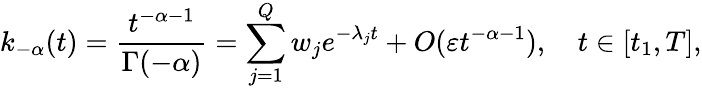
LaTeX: k_{-\alpha}(t)=\frac{t^{-\alpha-1}}{\Gamma(-\alpha)}=\sum_{j=1}^{Q}w_{j}e^{-\lambda_{j}t}+O(\varepsilon t^{-\alpha-1}),\quad t\in[t_{1},T],